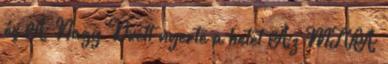
és A Nagy Duett nyerte a hetet Az MTVA